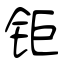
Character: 钜